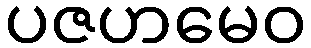
ပဇဟမေဝ